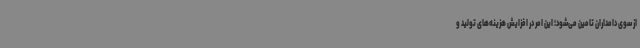
از سوی دامداران تامین می‌شود؛ این امر در افزایش هزینه‌های تولید و